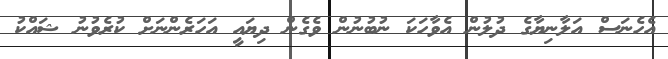
އެހެނަސް އަލާނިޔާގެ ދުލުން އެވާހަކަ ނުބުނުން ވެގެން ދިޔައީ އަހަރެންނަށް ކުރެވުނު ޝައްކު